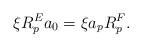
LaTeX: \begin{align*} \xi R^E_p a_0 = \xi a_p R^F_p. \end{align*}